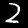
Digit: 2